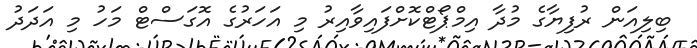
ބިލިއަން ރުފިޔާގެ މުދާ އިމްޕޯޓްކޮށްފައިވާއިރު މި އަހަރުގެ އޮގަސްޓް މަހު މި އަދަދު